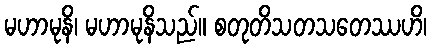
မဟာမုနိ၊ မဟာမုနိသည်။ စတုတိသတသတေဿဟိ၊